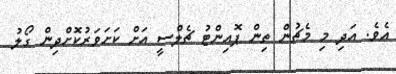
އެވެ. އަދި މި މެޗުން ތިން ޕޮއިންޓު ޗެލްސީ އަށް ކަށަވަރުކޮށްދިން ގޯލު